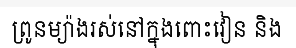
ព្រូនម្យ៉ាងរស់នៅក្នុងពោះវៀន និង